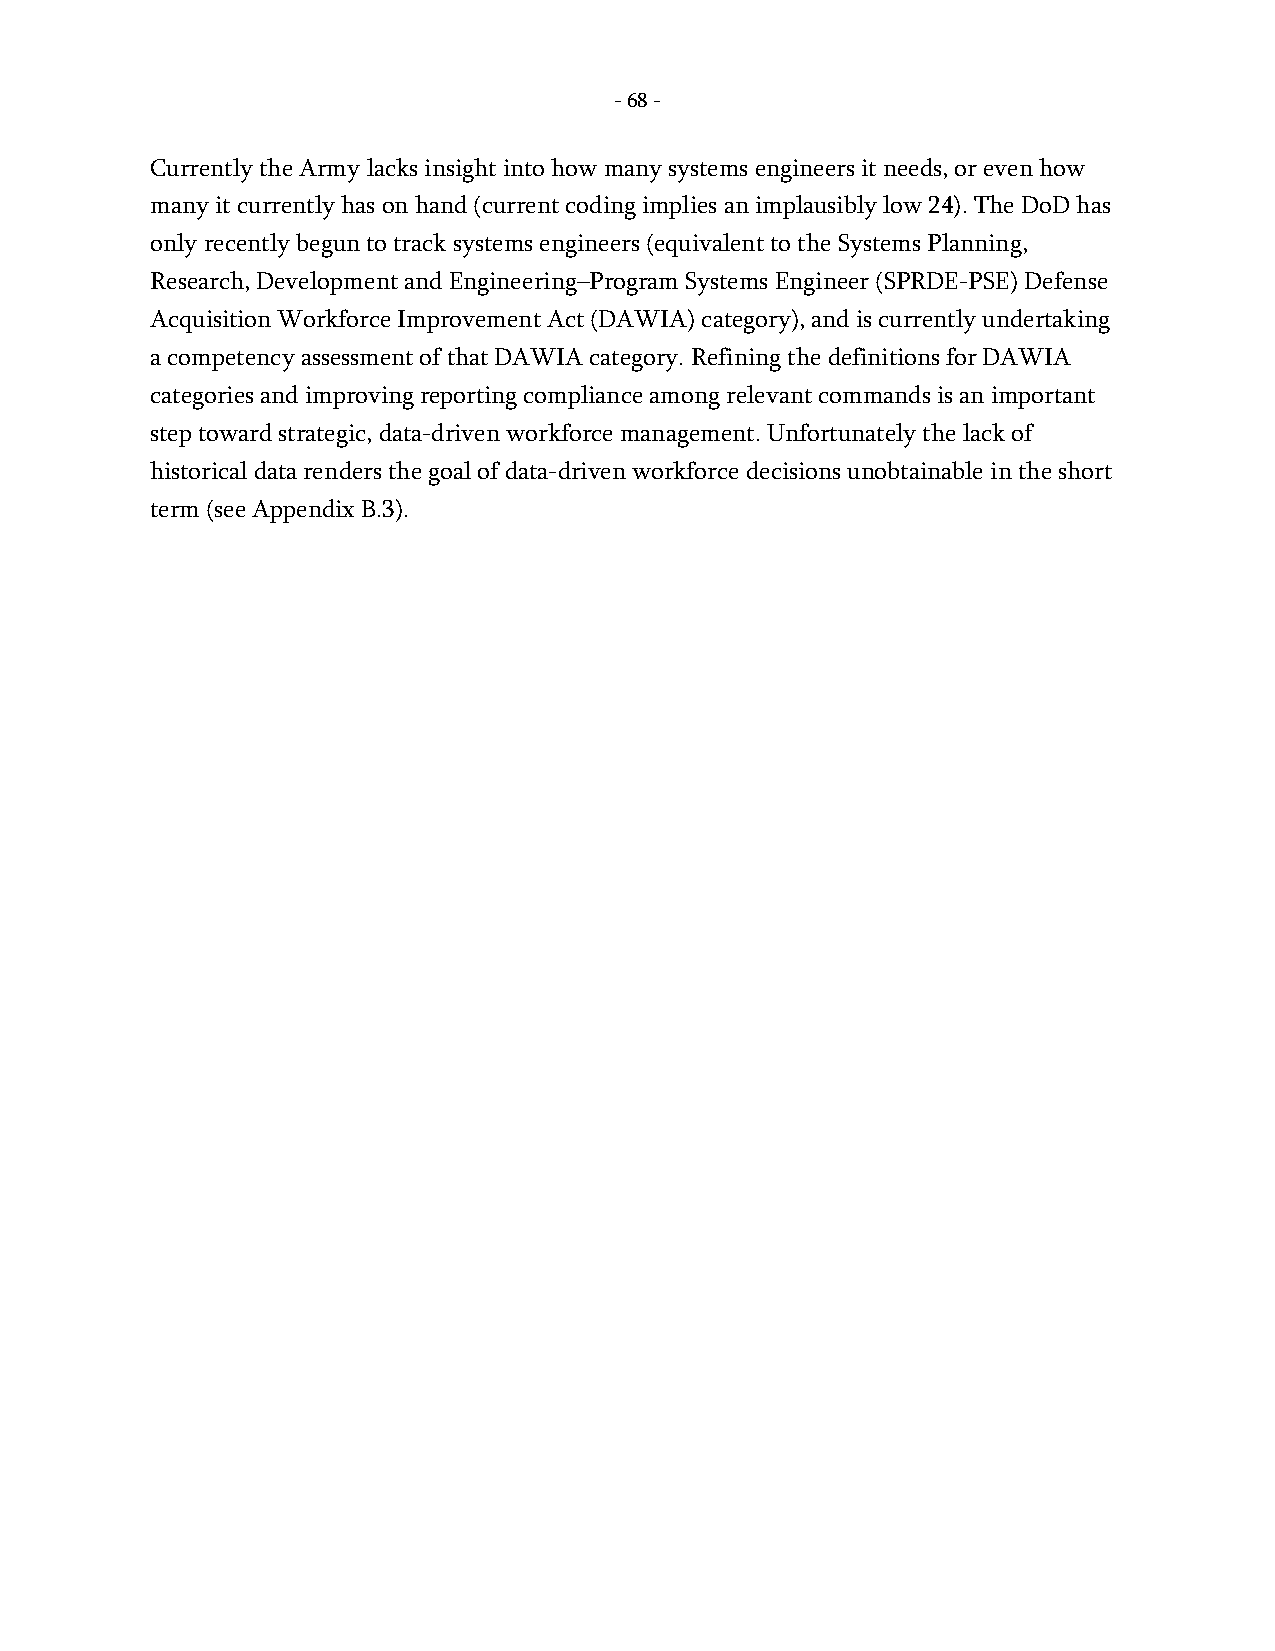
- 68 -
 Currently the Army lacks insight into how many systems engineers it needs, or even how
 many it currently has on hand (current coding implies an implausibly low 24). The DoD has
 only recently begun to track systems engineers (equivalent to the Systems Planning,
 Research, Development and Engineering–Program Systems Engineer (SPRDE-PSE) Defense
 Acquisition Workforce Improvement Act (DAWIA) category), and is currently undertaking
 a competency assessment of that DAWIA category. Refining the definitions for DAWIA
 categories and improving reporting compliance among relevant commands is an important
 step toward strategic, data-driven workforce management. Unfortunately the lack of
 historical data renders the goal of data-driven workforce decisions unobtainable in the short
 term (see Appendix B.3).
 -
 68
 -